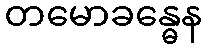
တမောခန္ဓေန